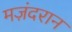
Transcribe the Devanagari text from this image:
मज़ंदरान